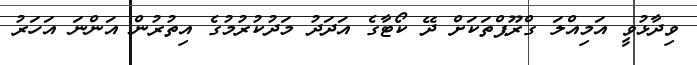
ވިދާޅުވީ އަމިއްލަ ގްރޫޕްތަކަށް ދޭ ކޯޓާގެ އަދަދު މަދުކުރުމުގެ އިތުރުން އަންނަ އަހަރު